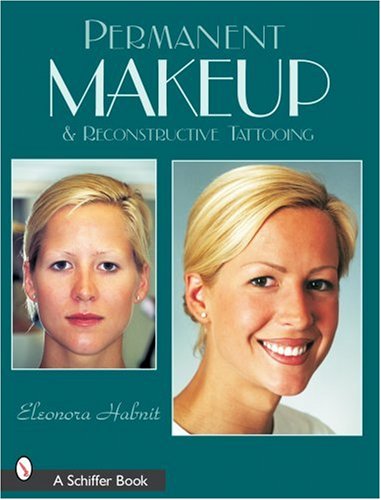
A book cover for Permanent Makeup and Reconstructive Tattooing; Eleonora Habnit; Arts & Photography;